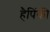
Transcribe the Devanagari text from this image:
हैपिंकी